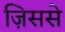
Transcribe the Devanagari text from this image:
ज़िससे